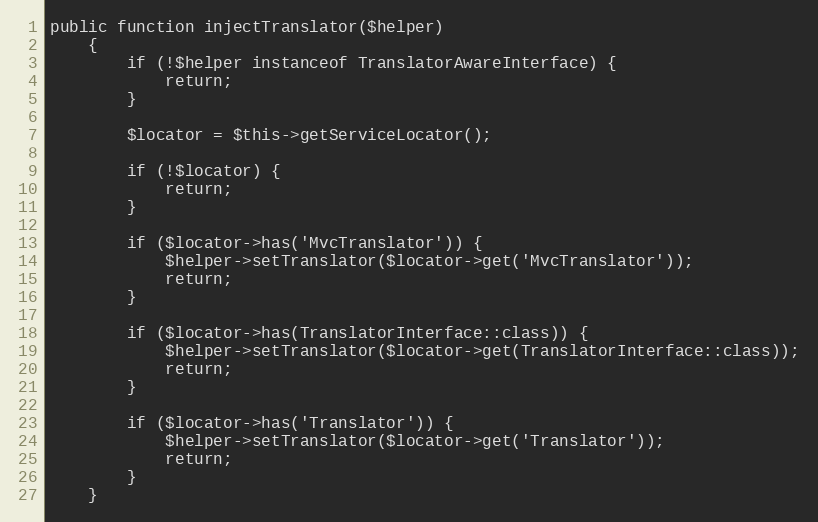
Language: PHP
public function injectTranslator($helper)
    {
        if (!$helper instanceof TranslatorAwareInterface) {
            return;
        }

        $locator = $this->getServiceLocator();

        if (!$locator) {
            return;
        }

        if ($locator->has('MvcTranslator')) {
            $helper->setTranslator($locator->get('MvcTranslator'));
            return;
        }

        if ($locator->has(TranslatorInterface::class)) {
            $helper->setTranslator($locator->get(TranslatorInterface::class));
            return;
        }

        if ($locator->has('Translator')) {
            $helper->setTranslator($locator->get('Translator'));
            return;
        }
    }